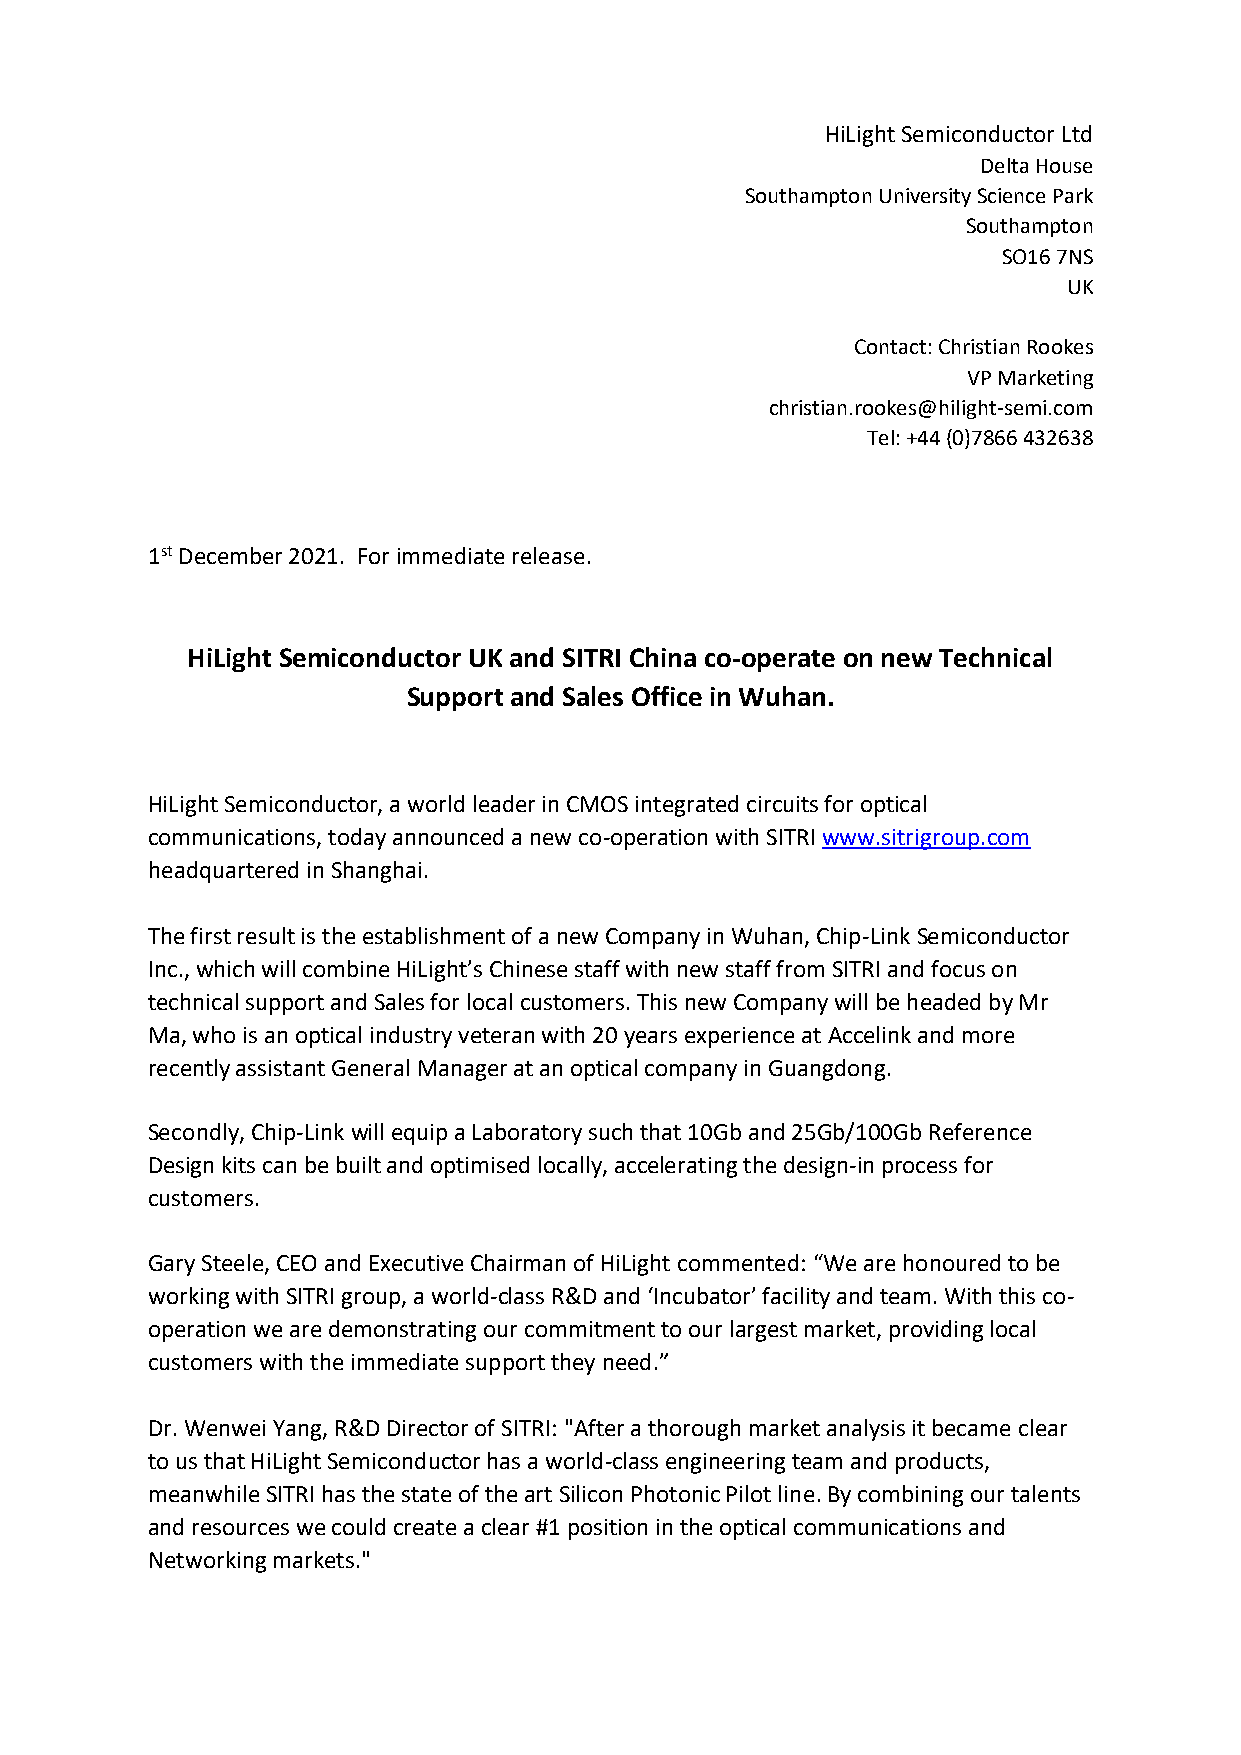
HiLight Semiconductor Ltd
 Delta House
 Southampton University Science Park
 Southampton
 SO16 7NS
 UK
 Contact: Christian Rookes
 VP Marketing
 christian.rookes@hilight-semi.com
 Tel: +44 (0)7866 432638
 1st December 2021. For immediate release.
 HiLight Semiconductor UK and SITRI China co-operate on new Technical
 Support and Sales Office in Wuhan.
 HiLight Semiconductor, a world leader in CMOS integrated circuits for optical
 communications, today announced a new co-operation with SITRI www.sitrigroup.com
 headquartered in Shanghai.
 The first result is the establishment of a new Company in Wuhan, Chip-Link Semiconductor
 Inc., which will combine HiLight’s Chinese staff with new staff from SITRI and focus on
 technical support and Sales for local customers. This new Company will be headed by Mr
 Ma, who is an optical industry veteran with 20 years experience at Accelink and more
 recently assistant General Manager at an optical company in Guangdong.
 Secondly, Chip-Link will equip a Laboratory such that 10Gb and 25Gb/100Gb Reference
 Design kits can be built and optimised locally, accelerating the design-in process for
 customers.
 Gary Steele, CEO and Executive Chairman of HiLight commented: “We are honoured to be
 working with SITRI group, a world-class R&D and ‘Incubator’ facility and team. With this co-
 operation we are demonstrating our commitment to our largest market, providing local
 customers with the immediate support they need.”
 Dr. Wenwei Yang, R&D Director of SITRI: "After a thorough market analysis it became clear
 to us that HiLight Semiconductor has a world-class engineering team and products,
 meanwhile SITRI has the state of the art Silicon Photonic Pilot line. By combining our talents
 and resources we could create a clear #1 position in the optical communications and
 Networking markets."